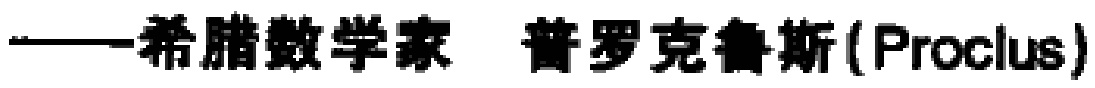
——希腊数学家 普罗克鲁斯(Proclus)